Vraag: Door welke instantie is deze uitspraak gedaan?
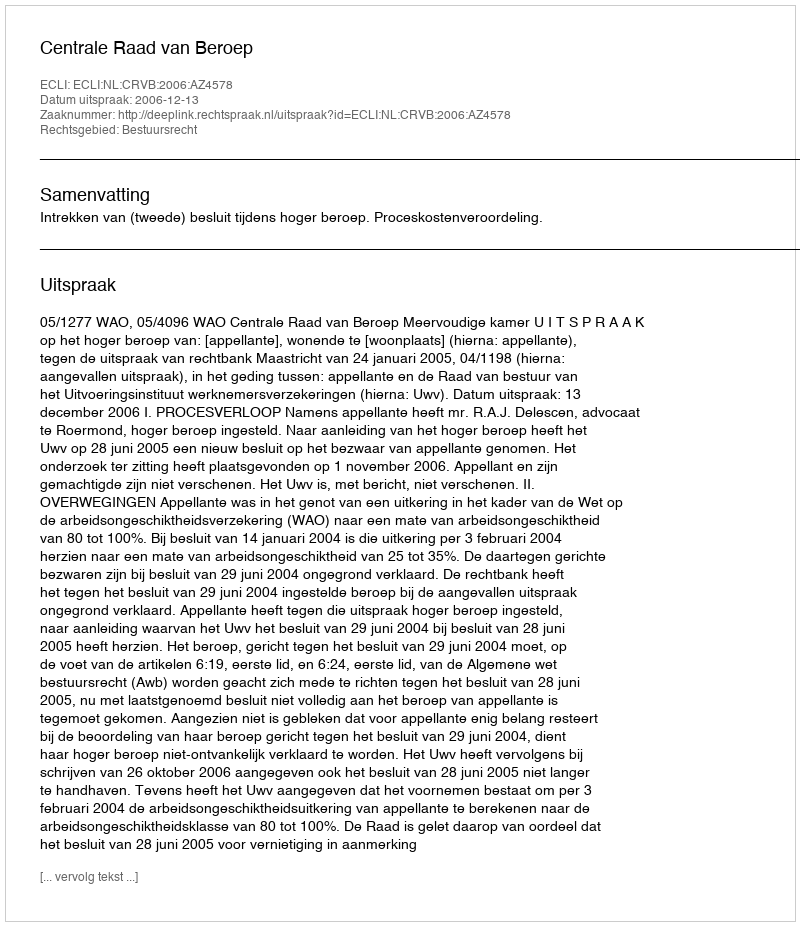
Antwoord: Centrale Raad van Beroep